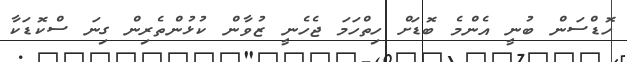
ހޮޑްސަން ބުނީ އެންމެ ބޮޑަށް ހިތްހަމަ ޖެހެނީ ޒުވާން ކުޅުންތެރިން ގިނަ ސްކޮޑަކާ